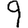
Digit: 9